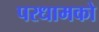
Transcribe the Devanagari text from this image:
परधामको